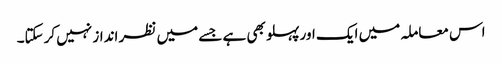
اس معاملہ میں ایک اور پہلو بھی ہے جسے میں نظر انداز نہیں کرسکتا۔